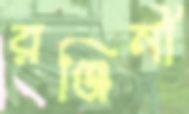
রঞ্জিনী